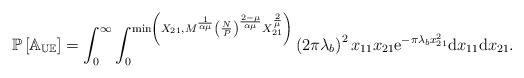
LaTeX: \begin{align*}\mathbb{P\left[A_{UE}\right]}= \int_0^\infty \int_0^{\min\left(X_{21}, M^{\frac{1}{\alpha\mu}}\left(\frac{N}{P}\right)^{\frac{2-\mu}{\alpha\mu}}X_{21}^{\frac{2}{\mu}}\right)}{\left(2\pi\lambda_b\right)^2 x_{11}x_{21}\mathrm{e}^{-\pi\lambda_b x_{21}^2}\mathrm{d}x_{11}\mathrm{d}x_{21}}. \end{align*}